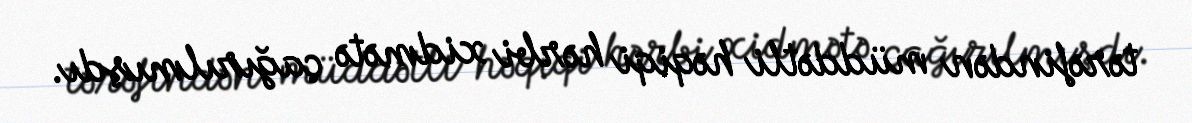
tərəfindən müddətli həqiqi hərbi xidmətə çağırılmışdı.